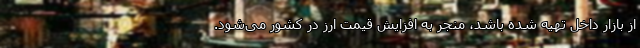
از بازار داخل تهیه شده باشد، منجر به افزایش قیمت ارز در کشور می‌شود.